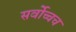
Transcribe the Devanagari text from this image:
सर्वोच्चच